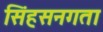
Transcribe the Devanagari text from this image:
सिंहसनगता